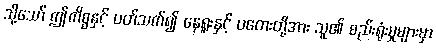
သို့သော် ဤကိစ္စနှင့် ပတ်သက်၍ နေရူးနှင့် ပတေးတို့အား သူ၏ စည်းရုံးမှုများမှာ